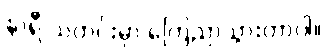
နာရီ သတင်းမှာ ကြေညာသွားတာပါ။